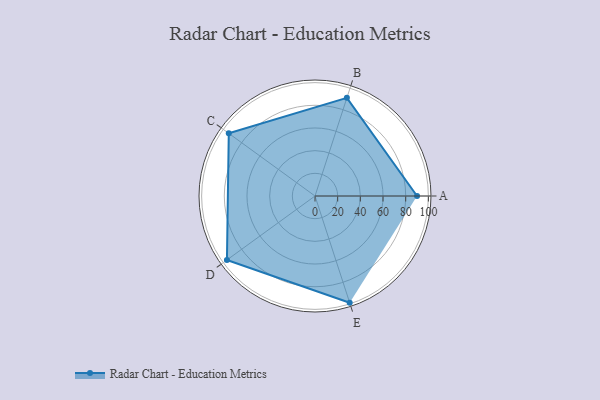
{"axis": {"x": "Skill", "y": "Score"}, "legend": ["Profile"], "data": [{"x": "A", "y": 90.0, "type": "Profile"}, {"x": "B", "y": 91.0, "type": "Profile"}, {"x": "C", "y": 94.0, "type": "Profile"}, {"x": "D", "y": 96.0, "type": "Profile"}, {"x": "E", "y": 99, "type": "Profile"}]}